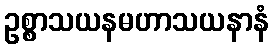
ဥစ္စာသယနမဟာသယနာနံ